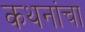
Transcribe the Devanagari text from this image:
कथनांचा